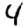
Digit: 4